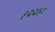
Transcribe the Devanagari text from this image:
१२२४०